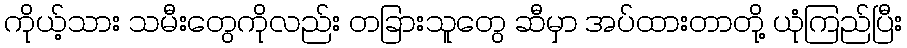
ကိုယ့်သား သမီးတွေကိုလည်း တခြားသူတွေ ဆီမှာ အပ်ထားတာတို့ ယုံကြည်ပြီး